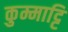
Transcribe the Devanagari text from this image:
कुम्माट्टि